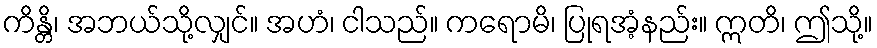
ကိန္တိ၊ အဘယ်သို့လျှင်။ အဟံ၊ ငါသည်။ ကရောမိ၊ ပြုရအံ့နည်း။ ဣတိ၊ ဤသို့။